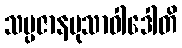
သမ္ပဇာနမုသာဝါဒေါတိ